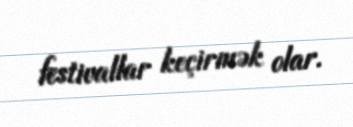
festivallar keçirmək olar.